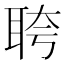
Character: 𬚗